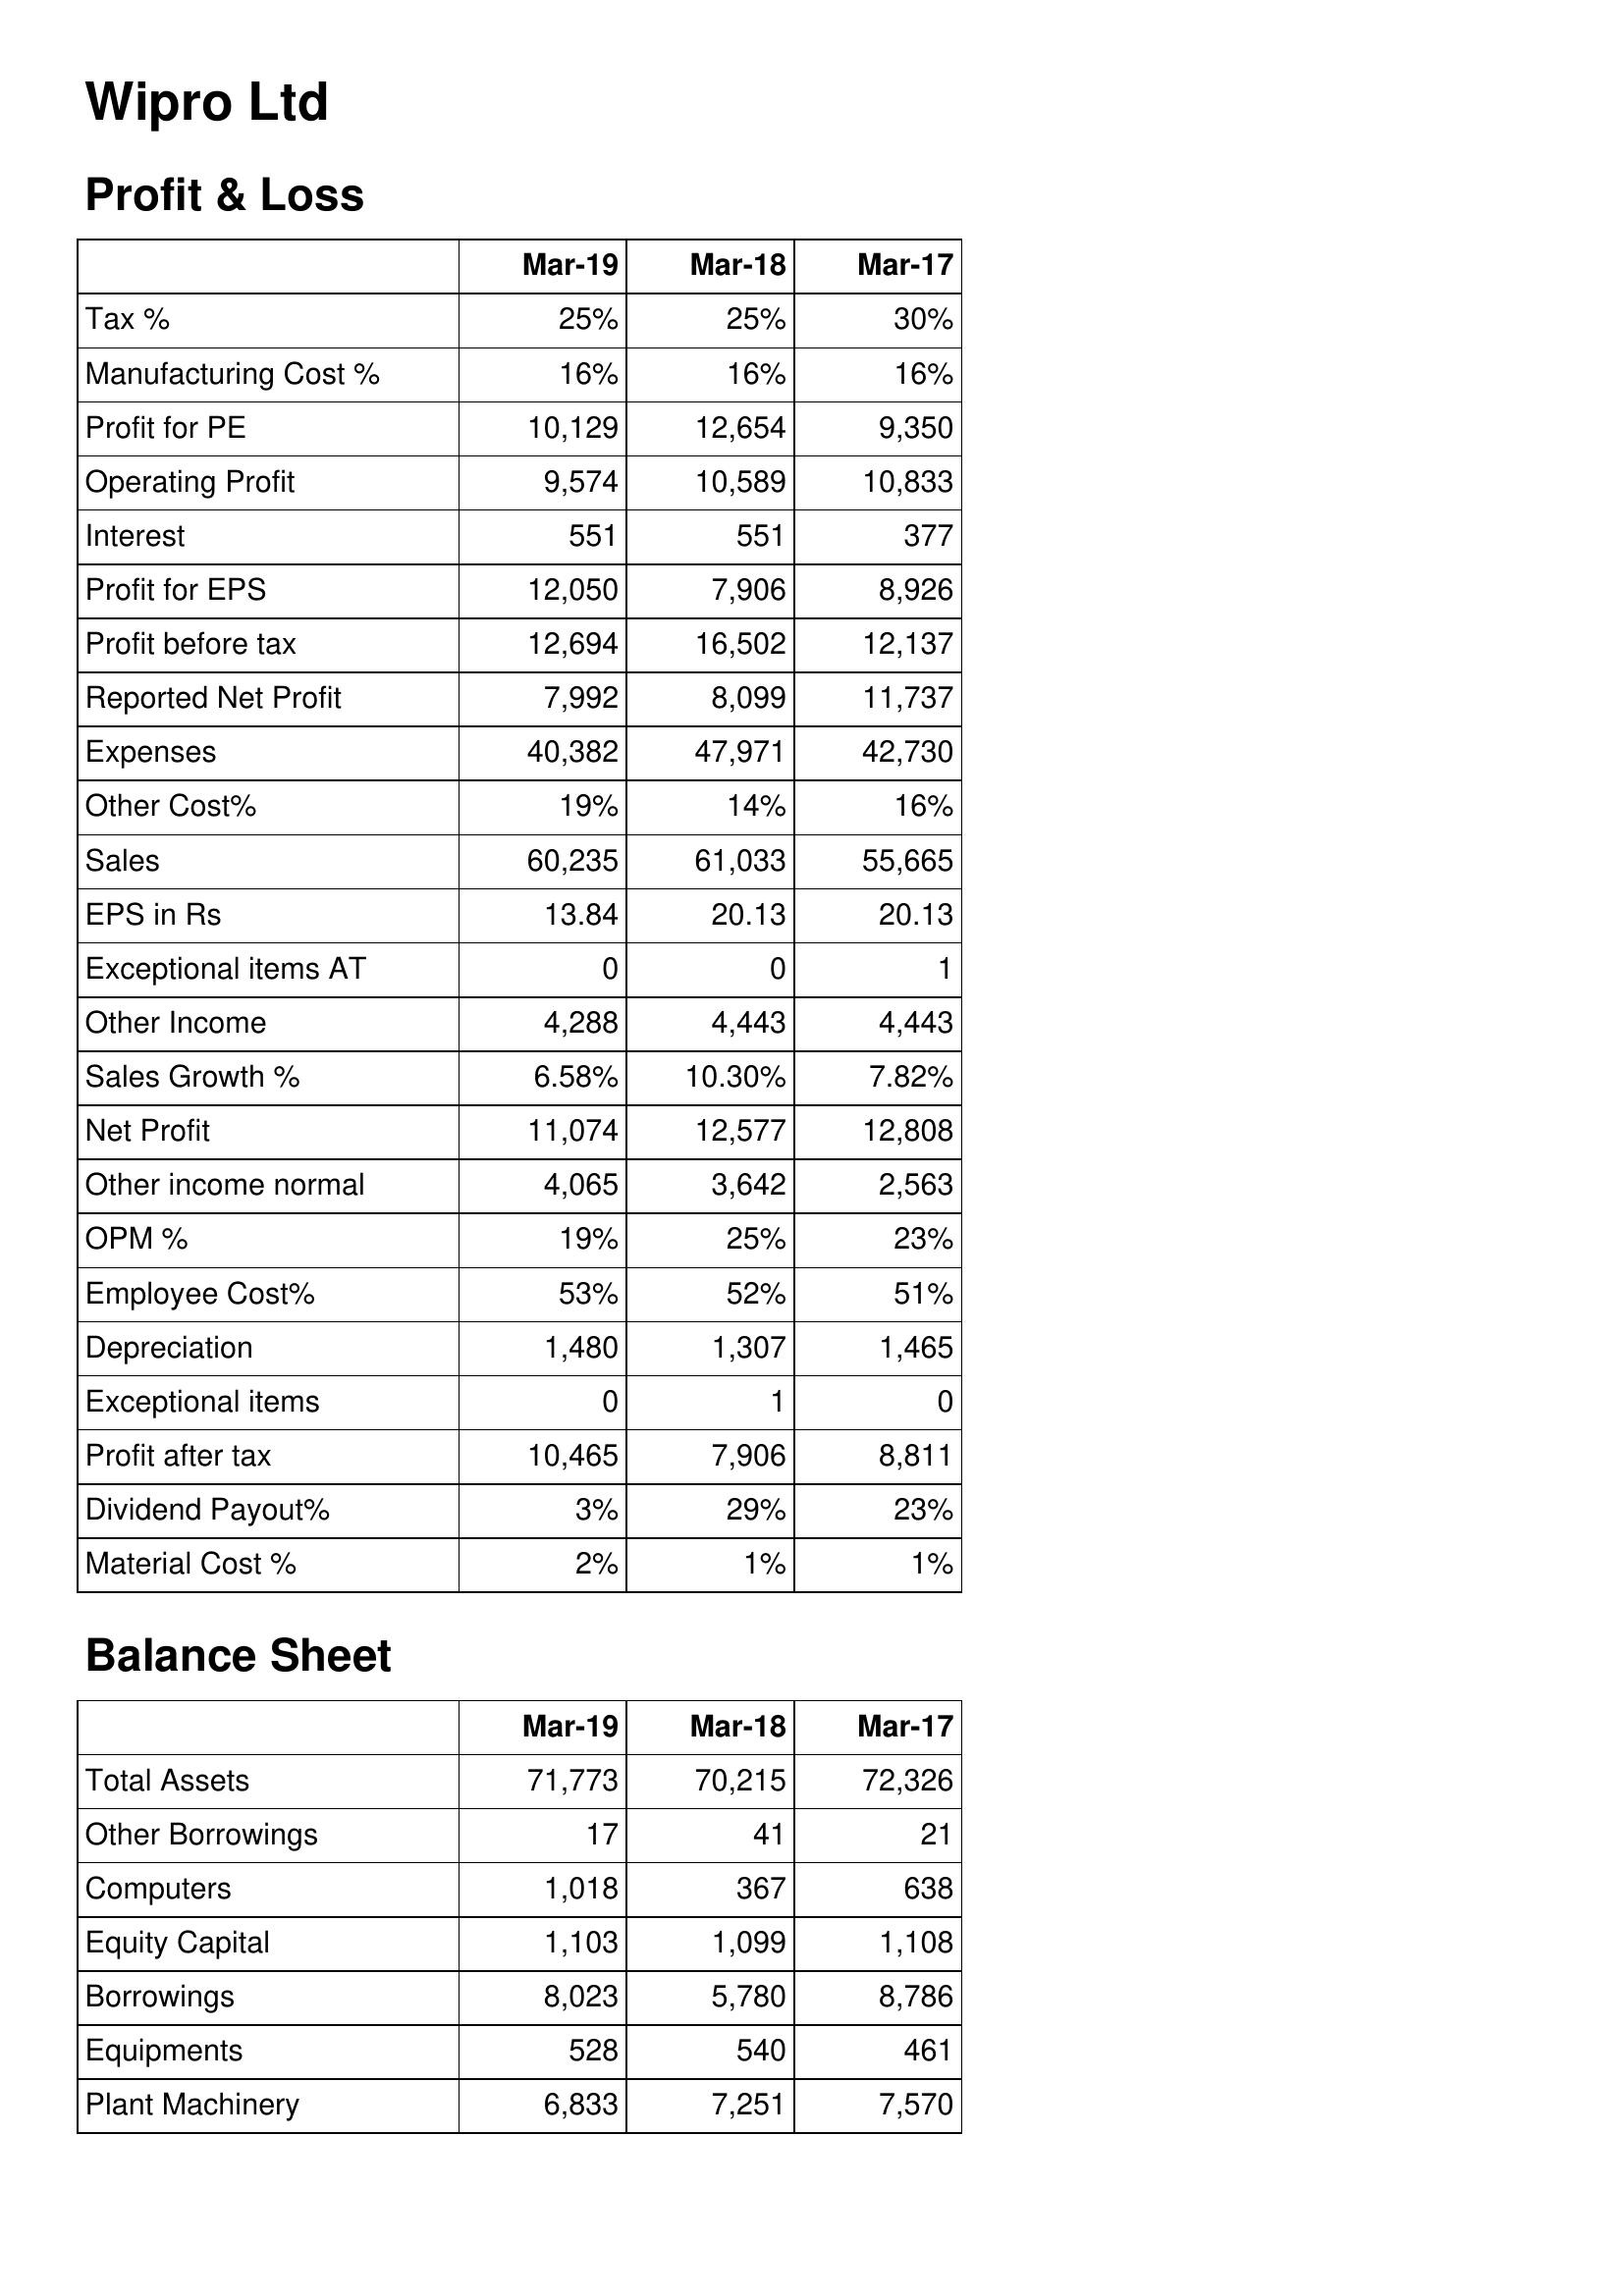
Mar-19: Profit & Loss: Tax %: 25%
Manufacturing Cost %: 16%
Profit for PE: 10,129
Operating Profit: 9,574
Interest: 551
Profit for EPS: 12,050
Profit before tax: 12,694
Reported Net Profit: 7,992
Expenses: 40,382
Other Cost%: 19%
Sales: 60,235
EPS in Rs: 13.84
Exceptional items AT: 0
Other Income: 4,288
Sales Growth %: 6.58%
Net Profit: 11,074
Other income normal: 4,065
OPM %: 19%
Employee Cost%: 53%
Depreciation: 1,480
Exceptional items: 0
Profit after tax: 10,465
Dividend Payout%: 3%
Material Cost %: 2%
Balance Sheet: Total Assets: 71,773
Other Borrowings: 17
Computers: 1,018
Equity Capital: 1,103
Borrowings: 8,023
Equipments: 528
Plant Machinery: 6,833
Mar-18: Profit & Loss: Tax %: 25%
Manufacturing Cost %: 16%
Profit for PE: 12,654
Operating Profit: 10,589
Interest: 551
Profit for EPS: 7,906
Profit before tax: 16,502
Reported Net Profit: 8,099
Expenses: 47,971
Other Cost%: 14%
Sales: 61,033
EPS in Rs: 20.13
Exceptional items AT: 0
Other Income: 4,443
Sales Growth %: 10.30%
Net Profit: 12,577
Other income normal: 3,642
OPM %: 25%
Employee Cost%: 52%
Depreciation: 1,307
Exceptional items: 1
Profit after tax: 7,906
Dividend Payout%: 29%
Material Cost %: 1%
Balance Sheet: Total Assets: 70,215
Other Borrowings: 41
Computers: 367
Equity Capital: 1,099
Borrowings: 5,780
Equipments: 540
Plant Machinery: 7,251
Mar-17: Profit & Loss: Tax %: 30%
Manufacturing Cost %: 16%
Profit for PE: 9,350
Operating Profit: 10,833
Interest: 377
Profit for EPS: 8,926
Profit before tax: 12,137
Reported Net Profit: 11,737
Expenses: 42,730
Other Cost%: 16%
Sales: 55,665
EPS in Rs: 20.13
Exceptional items AT: 1
Other Income: 4,443
Sales Growth %: 7.82%
Net Profit: 12,808
Other income normal: 2,563
OPM %: 23%
Employee Cost%: 51%
Depreciation: 1,465
Exceptional items: 0
Profit after tax: 8,811
Dividend Payout%: 23%
Material Cost %: 1%
Balance Sheet: Total Assets: 72,326
Other Borrowings: 21
Computers: 638
Equity Capital: 1,108
Borrowings: 8,786
Equipments: 461
Plant Machinery: 7,570